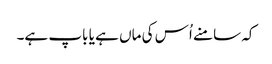
کہ سامنے اُس کی ماں ہے یا باپ ہے۔